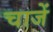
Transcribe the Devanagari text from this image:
चाजें